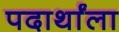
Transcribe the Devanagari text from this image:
पदार्थांला